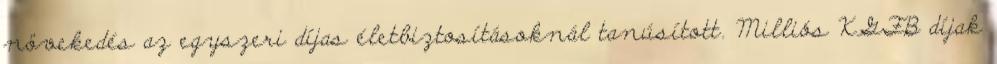
növekedés az egyszeri díjas életbiztosításoknál tanúsított. Milliós KGFB díjak